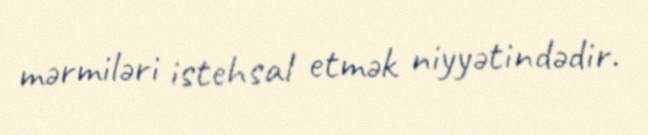
mərmiləri istehsal etmək niyyətindədir.